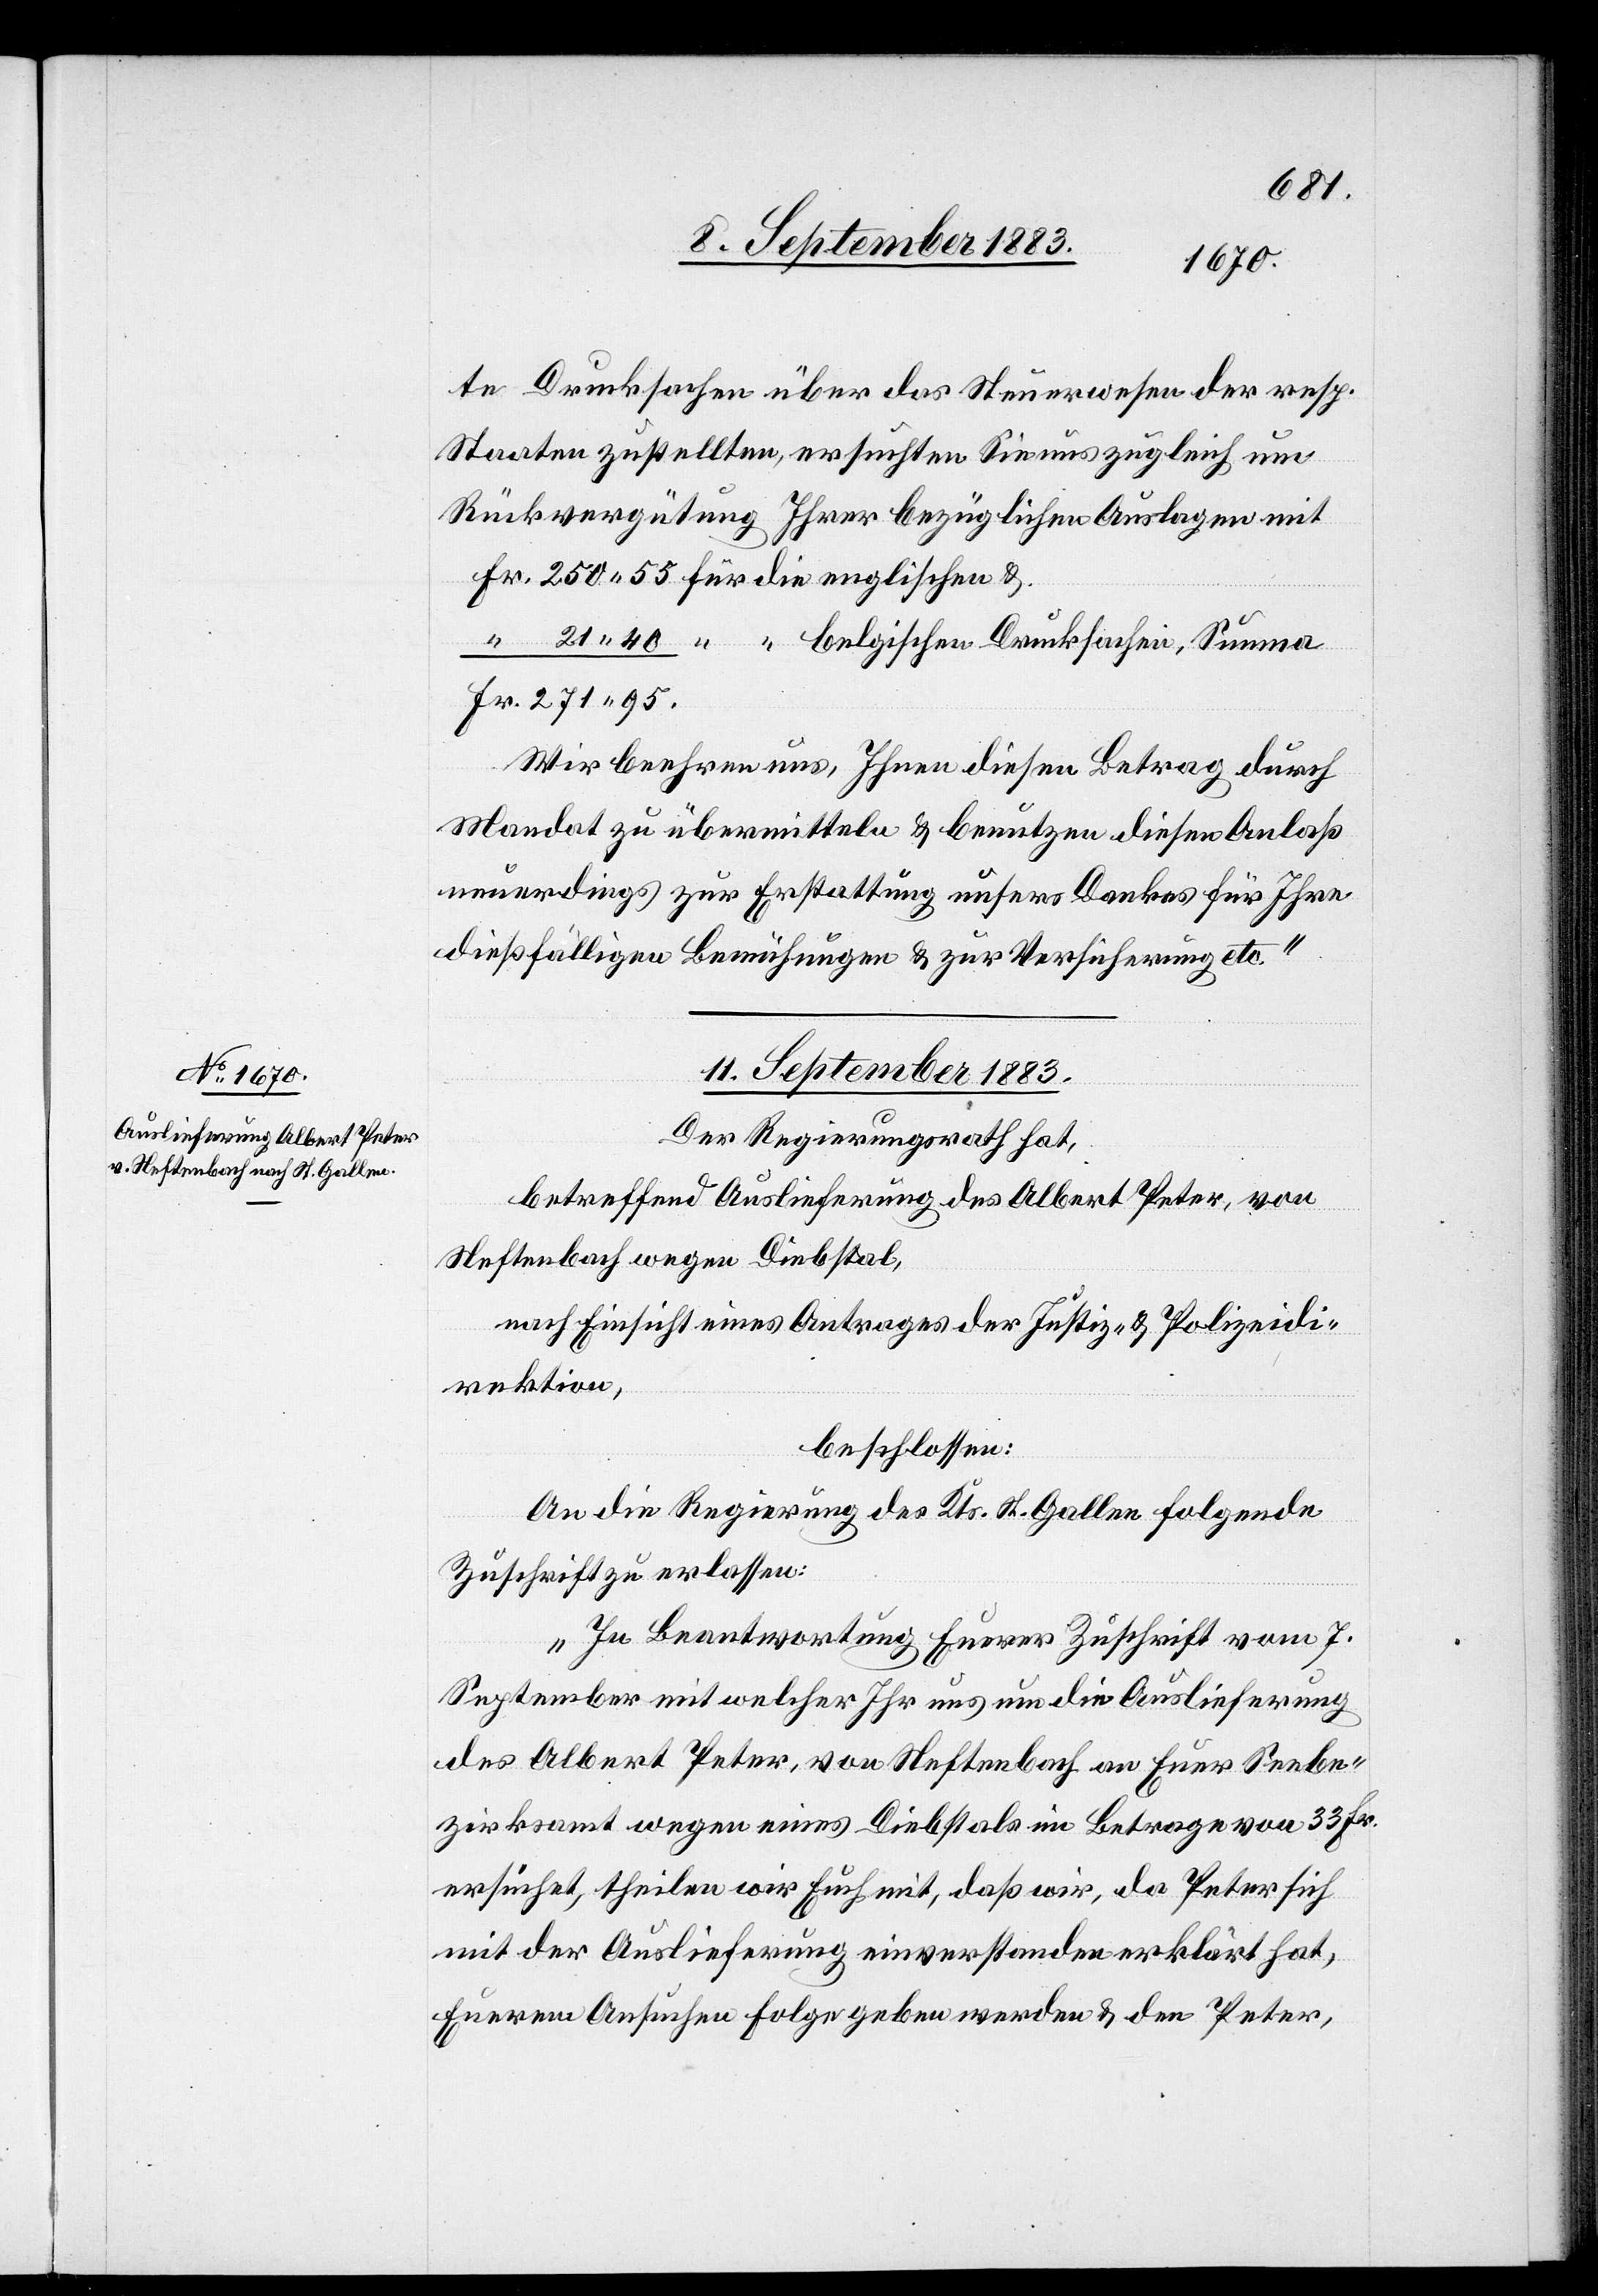
te Drucksachen über das Steuerwesen der resp.
Staaten zustellten, ersuchten Sie uns zugleich um
Rückvergütung Ihrer bezüglichen Auslagen mit
belgischen Drucksachen, Summa
Wir beehren uns, Ihnen diesen Betrag durch
Mandat zu übermitteln & benutzen diesen Anlaß
neuerdings zur Erstattung unsers Dankes für Ihre
dießfälligen Bemühungen & zur Versicherung etc.“
11. September 1883.
Der Regierungsrath hat,
betreffend Auslieferung des Albert Peter, von
Neftenbach wegen Diebstal,
nach Einsicht eines Antrages der Justiz- & Polizeidi¬
rektion,
beschlossen:
An die Regierung des Kts. St. Gallen folgende
Zuschrift zu erlassen:
„In Beantwortung Eurer Zuschrift vom 7.
40
September mit welcher Ihr uns um die Auslieferung
des Albert Peter, von Neftenbach an Euer Seebe¬
zirksamt wegen eines Diebstals im Betrage von 33 Fr.
ersucht, theilen wir Euch mit, daß wir, da Peter sich
mit der Auslieferung einverstanden erklärt hat,
Euerem Ansuchen Folge geben werden & den Peter,